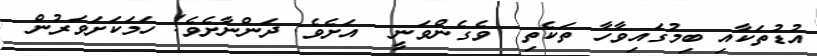
އުޑުތަކާއި ބިމުގައިވާހާ ތަކެތި  ވެގެންވަނީ  އަށެވެ. ދަންނާށެވެ! ހަމަކަށަވަރުން